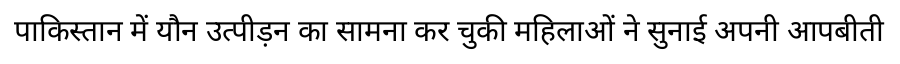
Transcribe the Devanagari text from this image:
पाकिस्तान में यौन उत्पीड़न का सामना कर चुकी महिलाओं ने सुनाई अपनी आपबीती